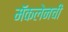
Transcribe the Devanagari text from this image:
मॅकलेनची